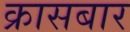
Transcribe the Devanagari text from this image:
क्रासबार